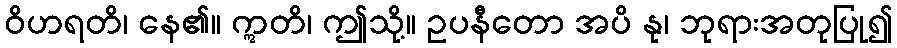
ဝိဟရတိ၊ နေ၏။ ဣတိ၊ ဤသို့။ ဥပနီတော အပိ နု၊ ဘုရားအတုပြု၍